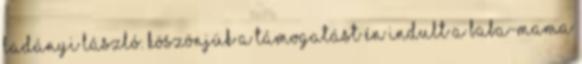
Ladányi László. Köszönjük a támogatást én indult a Baba-Mama